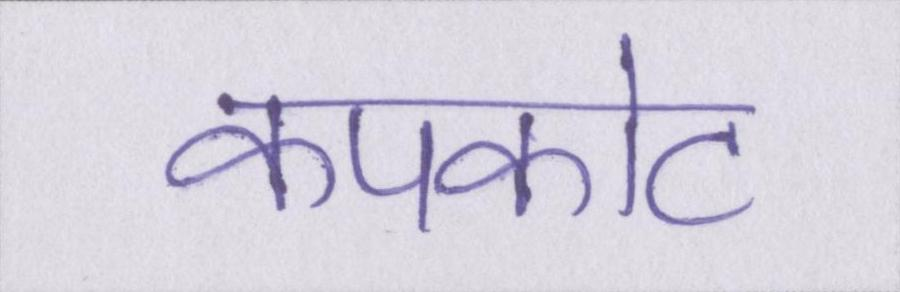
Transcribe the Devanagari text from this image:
कपकोट